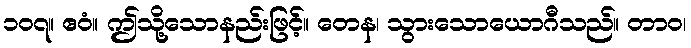
၁၀၇။ ဧဝံ။ ဤသို့သောနည်းဖြင့်။ တေန၊ သွားသောယောဂီသည်။ တာဝ၊